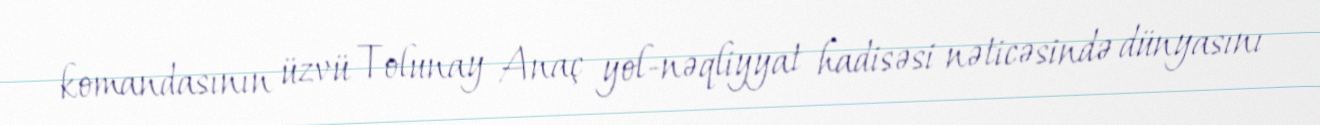
komandasının üzvü Tolunay Anaç yol-nəqliyyat hadisəsi nəticəsində dünyasını